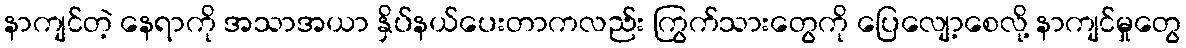
နာကျင်တဲ့ နေရာကို အသာအယာ နှိပ်နယ်ပေးတာကလည်း ကြွက်သားတွေကို ပြေလျော့စေလို့ နာကျင်မှုတွေ